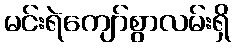
မင်းရဲကျော်စွာလမ်းရှိ